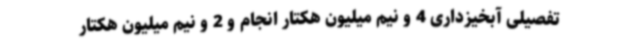
تفصیلی آبخیزداری 4 و نیم میلیون هکتار انجام و 2 و نیم میلیون هکتار